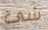
شئ